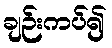
ချဉ်းကပ်၍